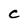
Character: C